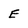
Character: E